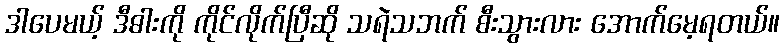
ဒါပေမယ့် ဒီဓါးကို ကိုင်လိုက်ပြီဆို သရဲသဘက် စီးသွားလား အောက်မေ့ရတယ်။